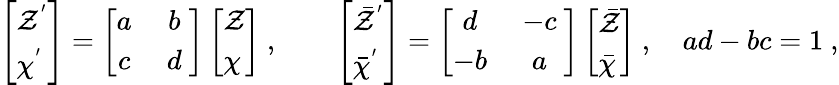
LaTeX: \left[\begin{array}{l}{{{\cal Z}^{'}}}\\ {{{\cal\chi}^{'}}}\end{array}\right]=\left[\begin{array}{cc}{{a\ }}&{{b\ }}\\ {{c\ }}&{{d\ }}\end{array}\right]\left[\begin{array}{l}{{{\cal Z}}}\\ {{{\cal\chi}}}\end{array}\right]\ ,\qquad\left[\begin{array}{l}{{{\bar{\cal Z}}^{'}}}\\ {{{\bar{\cal\chi}}^{'}}}\end{array}\right]=\left[\begin{array}{cc}{{d\ }}&{{-c\ }}\\ {{-b\ }}&{{a\ }}\end{array}\right]\left[\begin{array}{l}{{{\bar{\cal Z}}}}\\ {{{\bar{\cal\chi}}}}\end{array}\right]\ ,\quad ad-bc=1\ ,